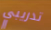
تدريبي